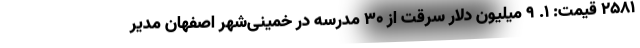
2581 قیمت: 1. 9 میلیون دلار سرقت از 30 مدرسه در خمینی‌شهر اصفهان مدیر